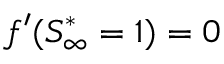
f ^ { \prime } ( S _ { \infty } ^ { * } = 1 ) = 0